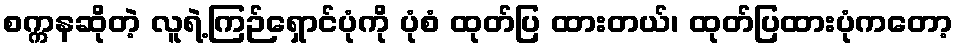
စက္ကနဆိုတဲ့ လူရဲ့ကြဉ်ရှောင်ပုံကို ပုံစံ ထုတ်ပြ ထားတယ်၊ ထုတ်ပြထားပုံကတော့